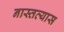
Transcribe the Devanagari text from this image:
नास्तव्यास